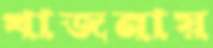
খাজনায়